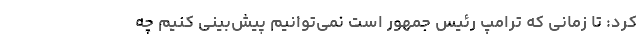
کرد: تا زمانی که ترامپ رئیس جمهور است نمی‌توانیم پیش‌بینی کنیم چه